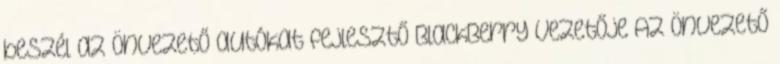
beszél az önvezető autókat fejlesztő BlackBerry vezetője Az önvezető